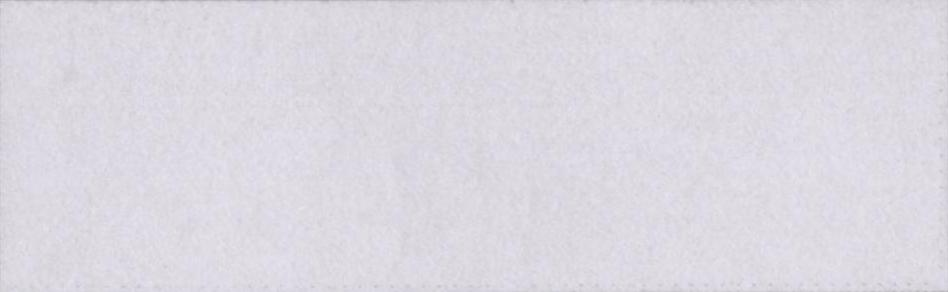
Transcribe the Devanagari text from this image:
परिणाम।